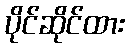
ပိုင်ဆိုင်ထား